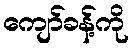
ကျော်ခန့်ကို